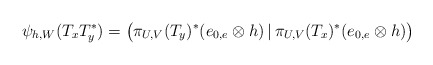
\begin{align*}\psi_{h,W}(T_xT_y^*)=\big(\pi_{U,V}(T_y)^*(e_{0,e}\otimes h)\,|\,\pi_{U,V}(T_x)^*(e_{0,e}\otimes h)\big)\end{align*}